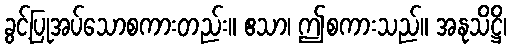
ခွင့်ပြုအပ်သောစကားတည်း။ ဧသာ၊ ဤစကားသည်။ အနုသိဋ္ဌိ၊